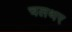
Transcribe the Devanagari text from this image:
चलथर